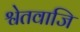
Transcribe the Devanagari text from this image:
श्वेतवाजि